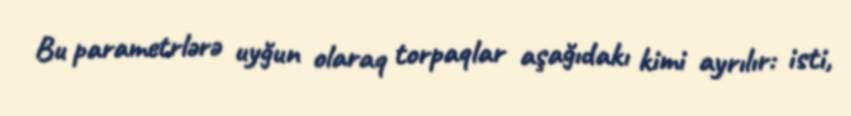
Bu parametrlərə uyğun olaraq torpaqlar aşağıdakı kimi ayrılır: isti,